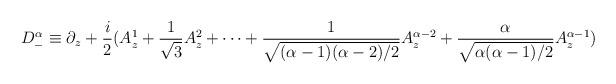
LaTeX: \begin{align*}D_-^{\alpha } \equiv \partial_z+\frac{i}{2}(A_z^1+\frac{1}{\sqrt{3}}A_z^2+\cdots +\frac{1}{\sqrt{(\alpha-1)(\alpha-2)/2}}A^{\alpha-2}_z+\frac{\alpha}{\sqrt{\alpha(\alpha-1)/2}}A^{\alpha-1}_z)\end{align*}